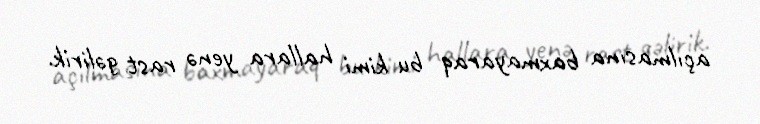
açılmasına baxmayaraq bu kimi hallara yenə rast gəlirik.